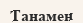
Танамен